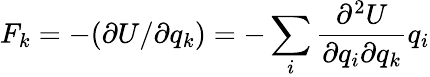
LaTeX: F_{k}=-(\partial U/\partial q_{k})=-\sum_{i}\frac{\partial^{2}U}{\partial q_{i}\partial q_{k}}q_{i}